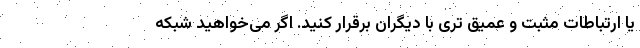
یا ارتباطات مثبت و عمیق تری با دیگران برقرار کنید. اگر می‌خواهید شبکه